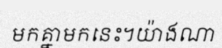
មកគ្នាមកនេះ។យ៉ាងណា